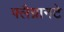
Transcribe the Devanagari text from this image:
फ्लैग्रानटे